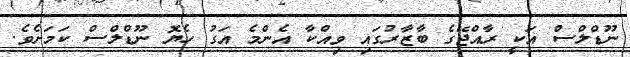
ނޫޑްލްސް އަކީ ރާއްޖޭގެ ބާޒާރުގައި ވިއްކާ އެންމެ އަގު ހެޔޮ ނޫޑްލްސް ކަމަށެވެ.